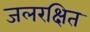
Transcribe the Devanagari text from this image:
जलरक्षित